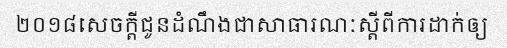
២០១៨សេចក្តីជូនដំណឹងជាសាធារណៈស្តីពីការដាក់ឲ្យ